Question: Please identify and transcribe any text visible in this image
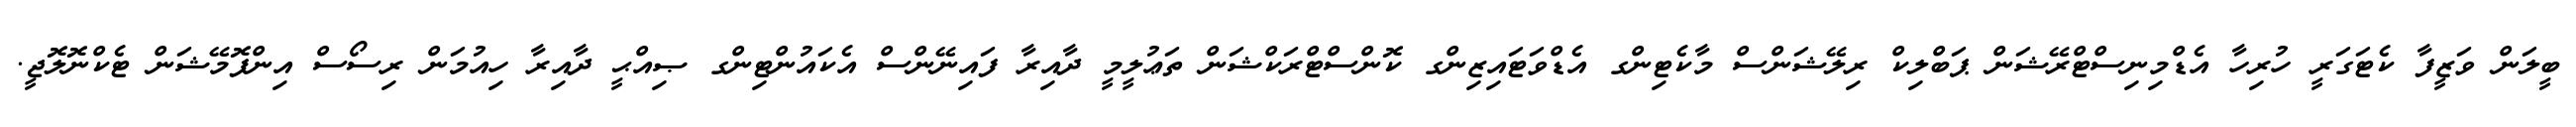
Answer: ބީލަން ވަޒީފާ ކެޓަގަރީ ހުރިހާ އެޑްމިނިސްޓްރޭޝަން ޕަބްލިކް ރިލޭޝަންސް މާކެޓިންގ އެޑްވަޓައިޒިންގ ކޮންސްޓްރަކްޝަން ތަޢުލީމީ ދާއިރާ ފައިނޭންސް އެކައުންޓިންގ ޞިއްޙީ ދާއިރާ ހިއުމަން ރިސޯސް އިންފޮމޭޝަން ޓެކްނޮލޮޖީ.